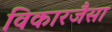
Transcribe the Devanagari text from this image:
विकारजैसा